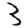
Digit: 3